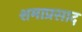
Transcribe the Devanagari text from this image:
शमाप्रसाद